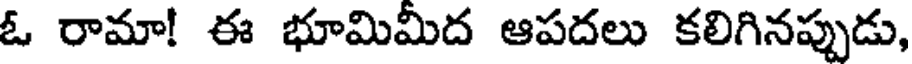
ఓ రామా! ఈ భూమిమిద ఆపదలు కలిగినప్పుడు,